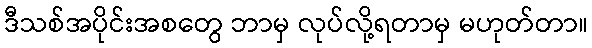
ဒီသစ်အပိုင်းအစတွေ ဘာမှ လုပ်လို့ရတာမှ မဟုတ်တာ။